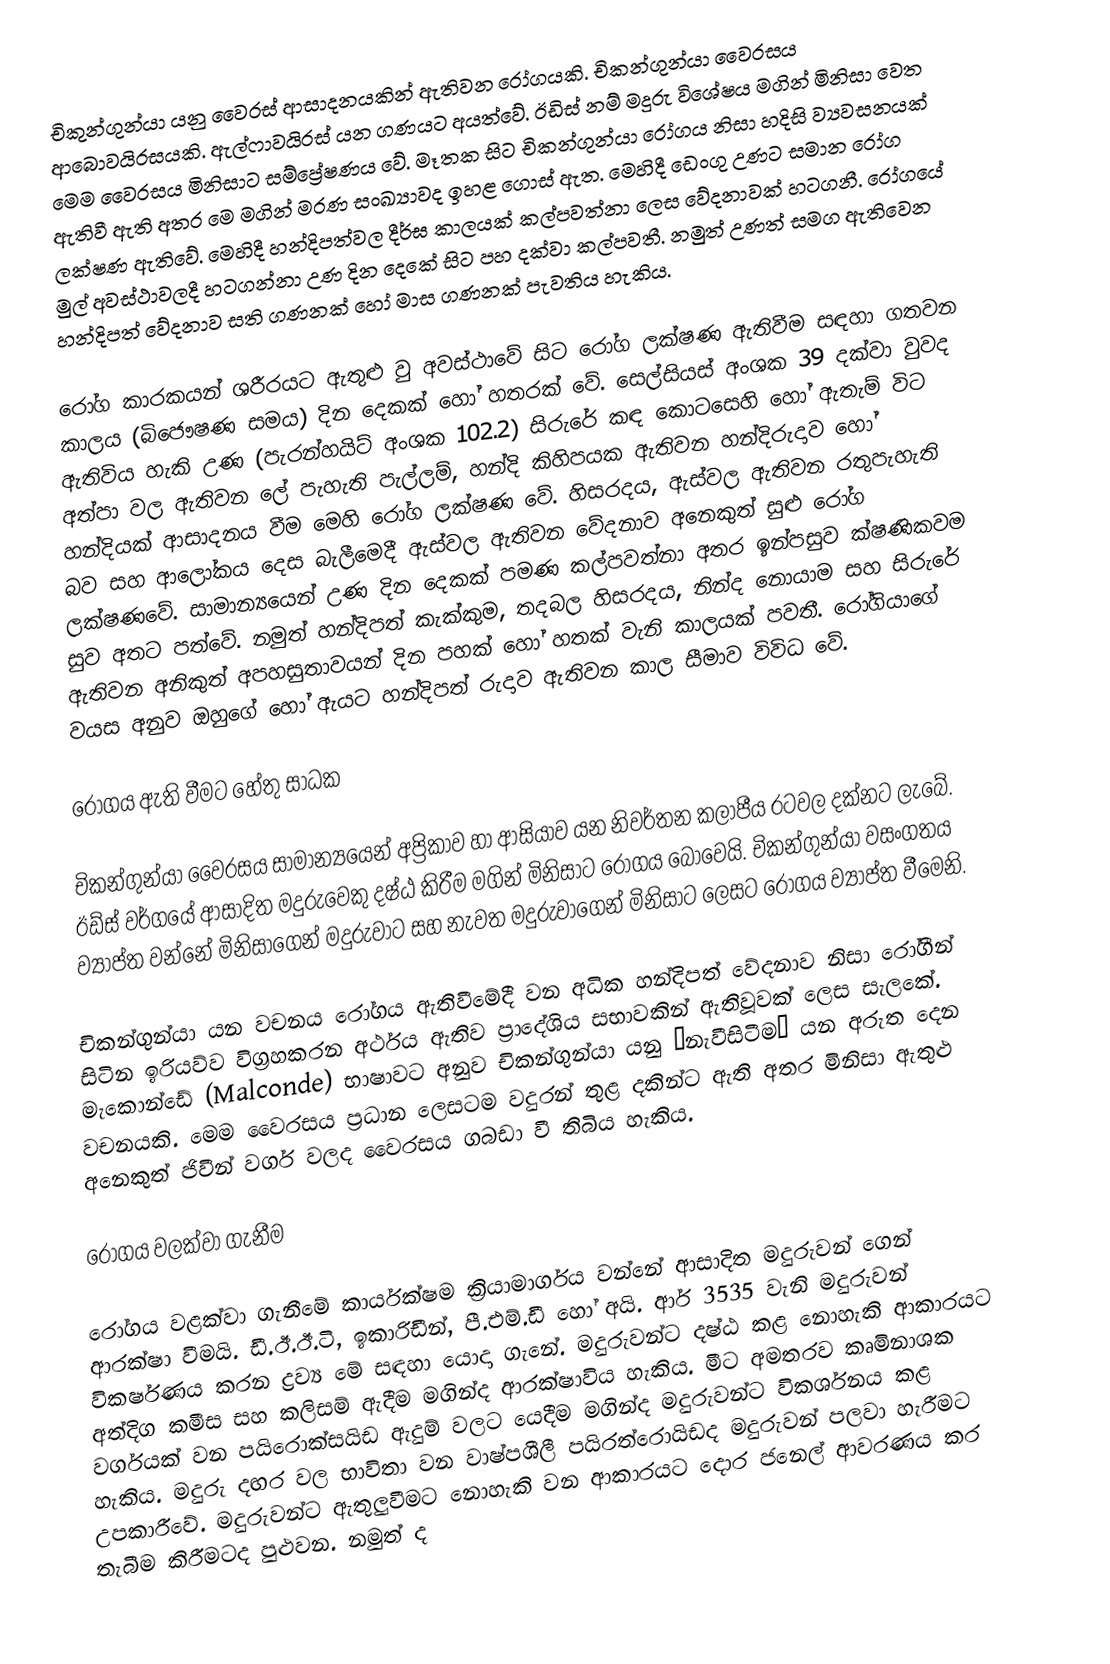
චිකුන්ගුන්යා යනු වෛරස් ආසාදනයකින් ඇතිවන රෝගයකි. චිකන්ගුන්යා වෛරසය ආබොවයිරසයකි. ඇල්ෆාවයිරස් යන ගණයට අයත්වේ. ඊඩිස් නම්  මදුරු විශේෂය මගින් මිනිසා වෙත මෙම වෛරසය මිනිසාට සම්ප්‍රේෂණය වේ. මෑතක සිට චිකන්ගුන්යා රෝගය නිසා හදිසි ව්‍යවසනයක් ඇතිවී  ඇති අතර මෙ මගින් මරණ සංඛ්‍යාවද ඉහළ ගොස් ඇත. මෙහිදී  ඩෙංගු උණට සමාන රෝග ලක්ෂණ ඇතිවේ. මෙහිදී හන්දිපත්වල දීර්ඝ කාලයක් කල්පවත්නා ලෙස වේදනාවක් හටගනී. රෝගයේ මුල් අවස්ථාවලදී හටගන්නා උණ දින දෙකේ සිට පහ දක්වා කල්පවතී. නමුත් උණත් සමග ඇතිවෙන හන්දිපත් වේදනාව  සති ගණනක් හෝ මාස ගණනක් පැවතිය හැකිය.

රෝග කාරකයන් ශරීරයට ඇතුළු වු අවස්ථාවේ සිට රෝග ලක්ෂණ ඇතිවීම සඳහා ගතවන කාලය (බිජෞෂණ සමය) දින දෙකක් හෝ හතරක් වේ. සෙල්සියස් අංශක 39 දක්වා  වුවද ඇතිවිය හැකි උණ (පැරන්හයිට් අංශක 102.2) සිරුරේ කඳ කොටසෙහි හෝ ඇතැම් විට අත්පා වල ඇතිවන  ලේ පැහැති පැල්ලම්, හන්දි කිහිපයක ඇතිවන හන්දිරුදාව හෝ හන්දියක් ආසාදනය වීම මෙහි රෝග ලක්ෂණ වේ. හිසරදය, ඇස්වල ඇතිවන  රතුපැහැති බව සහ ආලෝකය දෙස බැලීමෙදී ඇස්වල ඇතිවන වේදනාව අනෙකුත් සුළු රෝග ලක්ෂණවේ. සාමාන්‍යයෙන් උණ දින දෙකක් පමණ කල්පවත්නා අතර ඉන්පසුව ක්ෂණිකවම සුව අතට පත්වේ. නමුත් හන්දිපත් කැක්කුම, තදබල හිසරදය, නින්ද නොයාම සහ සිරුරේ ඇතිවන අනිකුත් අපහසුතාවයන් දින පහක් හෝ හතක් වැනි කාලයක් පවතී. රෝගියාගේ වයස අනුව ඔහුගේ හෝ ඇයට හන්දිපත් රුදාව ඇතිවන කාල සීමාව විවිධ වේ.

රෝගය ඇති වීමට හේතු සාධක

චිකන්ගුන්යා වෛරසය සාමාන්‍යයෙන් අප්‍රිකාව හා ආසියාව යන නිවර්තන කලාපීය රටවල දක්නට ලැබේ. ඊඩ්ස් වර්ගයේ  ආසාදිත මදුරුවෙකු දෂ්ඨ කිරීම මගින් මිනිසාට රෝගය බෝවෙයි. චිකන්ගුන්යා වසංගතය  ව්‍යාප්ත වන්නේ මිනිසාගෙන් මදුරුවාට සහ නැවත මදුරුවාගෙන් මිනිසාට  ලෙසට රෝගය ව්‍යාප්ත වීමෙනි.

චිකන්ගුන්යා යන වචනය රෝගය ඇතිවීමේදී වන අධික හන්දිපත් වේදනාව නිසා රෝගීන් සිටින ඉරියව්ව විග්‍රහකරන  අර්ථය ඇතිව ප්‍රාදේශිය සභාවකින් ඇතිවූවක් ලෙස සැලකේ. මැකොන්ඩේ (Malconde) භාෂාවට අනුව චිකන්ගුන්යා යනු “නැවීසිටීම” යන අරුත දෙන වචනයකි. මෙම වෛරසය ප්‍රධාන ලෙසටම වදුරන් තුළ දකින්ට ඇති අතර මිනිසා ඇතුළු අනෙකුත්  ජිවීන්  වර්ග වලද වෛරසය ගබඩා වී තිබිය හැකිය.

රෝගය වලක්වා ගැනීම

රෝගය වළක්වා ගැනීමේ කාර්යක්ෂම ක්‍රියාමාර්ගය වන්නේ ආසාදිත මදුරුවන් ගෙන්   ආරක්ෂා වීමයි. ඩී.ඊ.ඊ.ටි, ඉකාරිඩීන්, පී.එම්.ඩී හෝ අයි. ආර් 3535  වැනි මදුරුවන් විකර්ෂණය කරන ද්‍රව්‍ය මේ සඳහා යොදා ගැනේ. මදුරුවන්ට දෂ්ඨ කළ නොහැකි ආකාරයට අත්දිග කමීස සහ කලිසම් ඇදීම මගින්ද ආරක්ෂාවිය හැකිය. මීට අමතරව කෘමිනාශක වර්ගයක් වන පයිරොක්සයිඩ ඇදුම් වලට යෙදීම මගින්ද මදුරුවන්ට විකර්ශනය කළ හැකිය. මදුරු දඟර වල භාවිතා වන වාෂ්පශීලී පයිරත්රොයිඩද මදුරුවන් පලවා හැරීමට උපකාරීවේ. මදුරුවන්ට ඇතුලුවීමට නොහැකි වන ආකාරයට දොර ජනෙල් ආවරණය කර තැබීම කිරීමටද පුළුවන. නමුත් ද